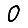
Digit: 0